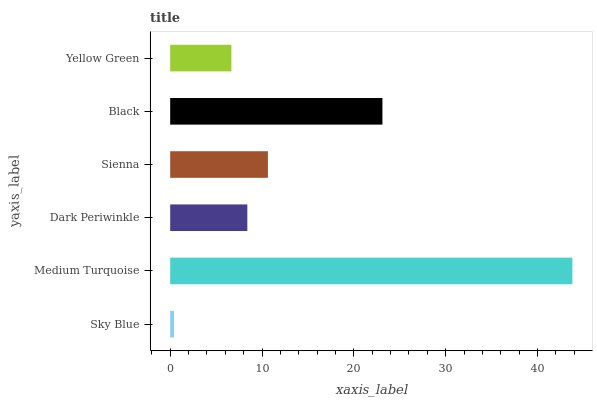
| yaxis_label | bars |
 | --- | --- |
 | Sky Blue | 0.411 |
 | Medium Turquoise | 43.8 |
 | Dark Periwinkle | 8.4 |
 | Sienna | 10.6 |
 | Black | 23.1 |
 | Yellow Green | 6.67 |